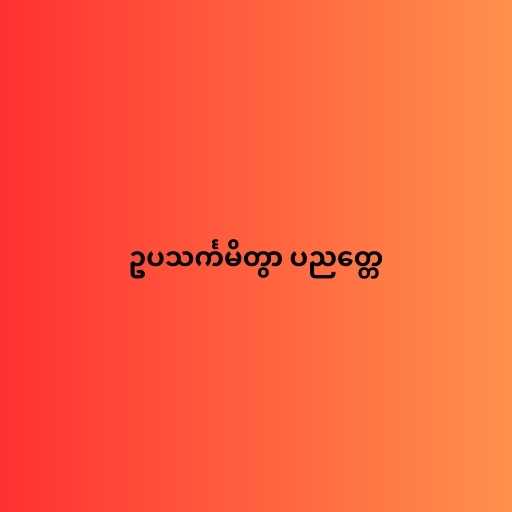
ဥပသင်္ကမိတွာ ပညတ္တေ